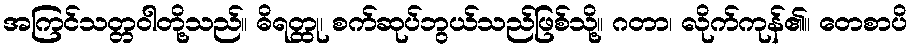
အကြင်သတ္တဝါတို့သည်။ ဓိရတ္ထု၊ စက်ဆုပ်ဘွယ်သည်ဖြစ်သို့။ ဂတာ၊ လိုက်ကုန်၏။ တေစာပိ